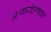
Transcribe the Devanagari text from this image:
अश्वारोहणाचा